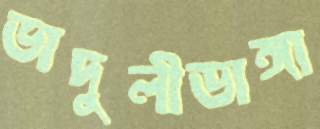
ভাদুলীডাঙ্গা